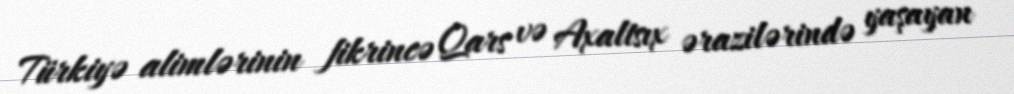
Türkiyə alimlərinin fikrincə Qars və Axaltsıx ərazilərində yaşayan